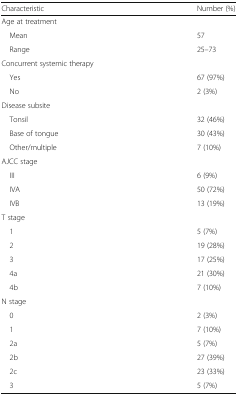
<table><thead><tr><td><b>Characteristic</b></td><td><b>Number (%)</b></td></tr></thead><tbody><tr><td colspan="2">Age at treatment</td></tr><tr><td> Mean</td><td>57</td></tr><tr><td> Range</td><td>25–73</td></tr><tr><td colspan="2">Concurrent systemic therapy</td></tr><tr><td> Yes</td><td>67 (97%)</td></tr><tr><td> No</td><td>2 (3%)</td></tr><tr><td colspan="2">Disease subsite</td></tr><tr><td> Tonsil</td><td>32 (46%)</td></tr><tr><td> Base of tongue</td><td>30 (43%)</td></tr><tr><td> Other/multiple</td><td>7 (10%)</td></tr><tr><td colspan="2">AJCC stage</td></tr><tr><td> III</td><td>6 (9%)</td></tr><tr><td> IVA</td><td>50 (72%)</td></tr><tr><td> IVB</td><td>13 (19%)</td></tr><tr><td colspan="2">T stage</td></tr><tr><td> 1</td><td>5 (7%)</td></tr><tr><td> 2</td><td>19 (28%)</td></tr><tr><td> 3</td><td>17 (25%)</td></tr><tr><td> 4a</td><td>21 (30%)</td></tr><tr><td> 4b</td><td>7 (10%)</td></tr><tr><td colspan="2">N stage</td></tr><tr><td> 0</td><td>2 (3%)</td></tr><tr><td> 1</td><td>7 (10%)</td></tr><tr><td> 2a</td><td>5 (7%)</td></tr><tr><td> 2b</td><td>27 (39%)</td></tr><tr><td> 2c</td><td>23 (33%)</td></tr><tr><td> 3</td><td>5 (7%)</td></tr></tbody></table>